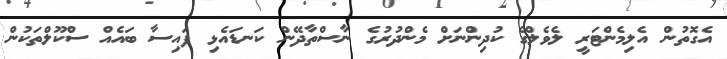
އެގޮތުން އެލިމެންޓަރީ ލެވެލްގެ ކުދިންނަށް މެންދުރުގެ ނާސްތާދޭން ކަނޑައެޅި ފައިސާ ބައެއް ސްކޫލްތަކުން